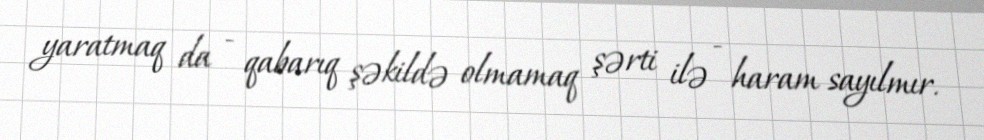
yaratmaq da - qabarıq şəkildə olmamaq şərti ilə - haram sayılmır.